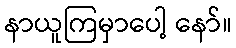
နာယူကြမှာပေါ့ နော်။